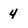
Character: 4